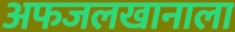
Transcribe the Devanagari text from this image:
अफजलखानाला